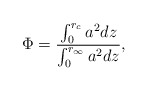
\begin{align*}\Phi=\frac{\int^{r_c}_0a^2 dz}{\int^{r_{\infty}}_0 a^2 dz},\end{align*}